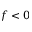
f < 0